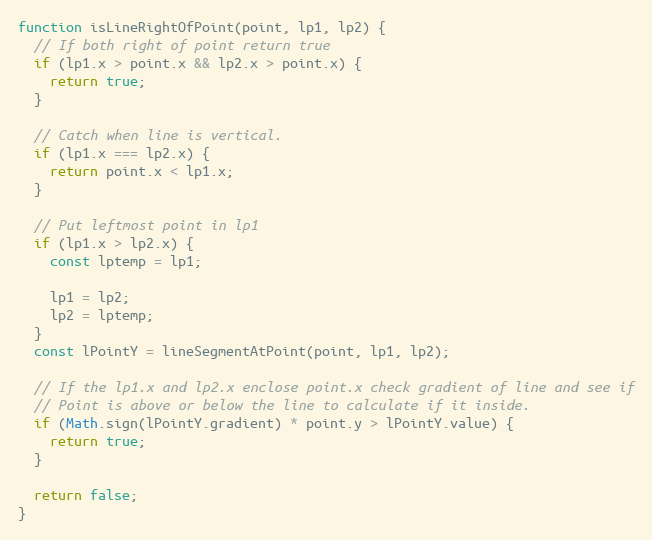
Language: JavaScript
function isLineRightOfPoint(point, lp1, lp2) {
  // If both right of point return true
  if (lp1.x > point.x && lp2.x > point.x) {
    return true;
  }

  // Catch when line is vertical.
  if (lp1.x === lp2.x) {
    return point.x < lp1.x;
  }

  // Put leftmost point in lp1
  if (lp1.x > lp2.x) {
    const lptemp = lp1;

    lp1 = lp2;
    lp2 = lptemp;
  }
  const lPointY = lineSegmentAtPoint(point, lp1, lp2);

  // If the lp1.x and lp2.x enclose point.x check gradient of line and see if
  // Point is above or below the line to calculate if it inside.
  if (Math.sign(lPointY.gradient) * point.y > lPointY.value) {
    return true;
  }

  return false;
}